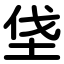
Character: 垡